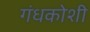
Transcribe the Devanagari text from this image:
गंधकोशी